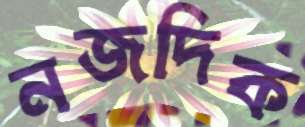
নজদিক